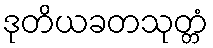
ဒုတိယခတသုတ္တံ